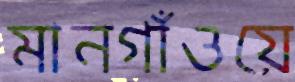
মানগাঁওয়ে